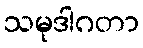
သမုဒါဂတာ